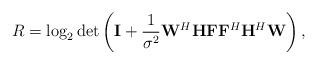
LaTeX: \begin{align*} R = {\log _2}\det \left( {{\bf{I}} + \frac{1}{{{\sigma ^2}}}{{\bf{W}}^H}{\bf{HF}}{{\bf{F}}^H}{{\bf{H}}^H}{\bf{W}}} \right),\end{align*}